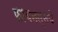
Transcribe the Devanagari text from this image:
फायनल्सचे